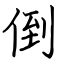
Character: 倒